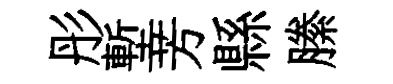
彤塹芳縣縢